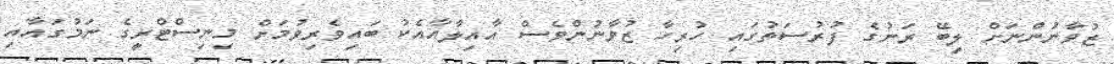
ޒުވާނުންނަށް ލިބޭ ރަނުގެ ފުރުސަތުގައި ހުރިހާ ޒުވާނުންވެސް އާއިލާއާއެކު ބައިވެރިވުމަށް މިނިސްޓްރީގެ ނަމުގައާއި